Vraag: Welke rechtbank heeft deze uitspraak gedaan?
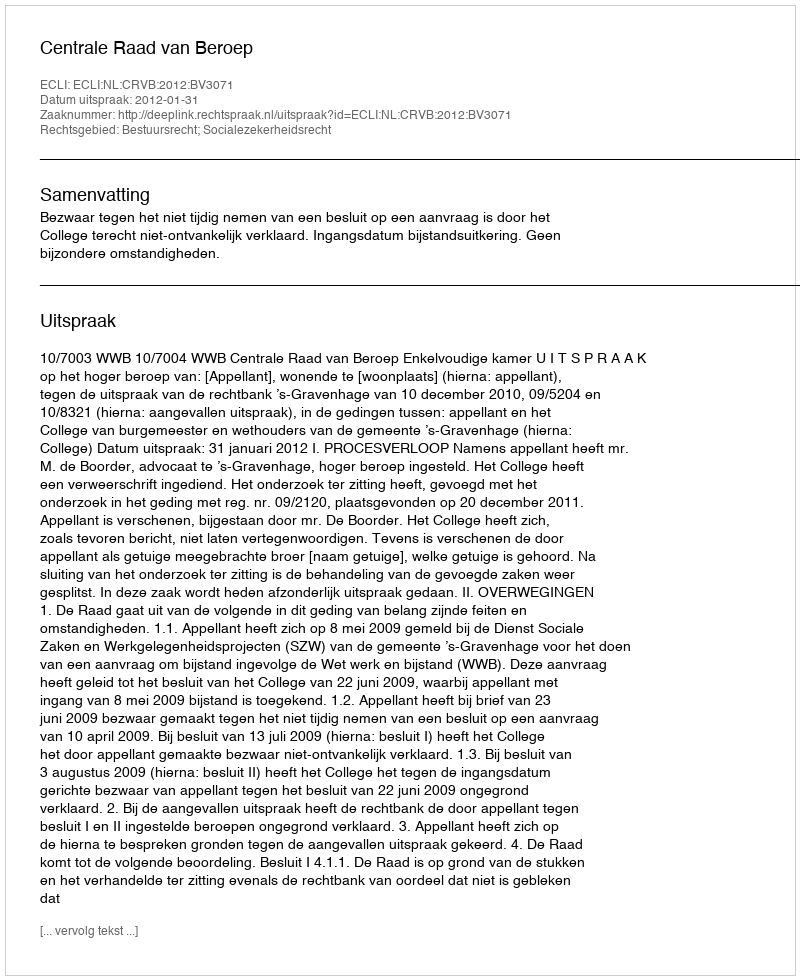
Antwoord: Centrale Raad van Beroep